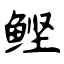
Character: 鲣